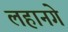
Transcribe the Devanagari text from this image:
लहानगे